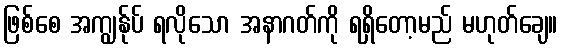
ဖြစ်စေ အကျွန်ုပ် ရလိုသော အနာဂတ်ကို ရရှိတော့မည် မဟုတ်ချေ။